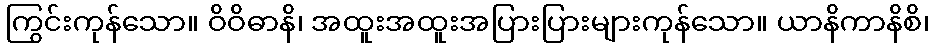
ကြွင်းကုန်သော။ ဝိဝိဓာနိ၊ အထူးအထူးအပြားပြားများကုန်သော။ ယာနိကာနိစိ၊